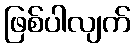
ဖြစ်ပါလျက်